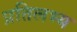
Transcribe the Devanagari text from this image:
प्रतिलभ्य